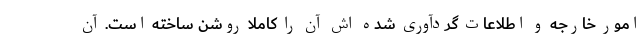
امور خارجه و اطلاعات گردآوری شده اش آن را کاملا روشن ساخته است. آن